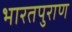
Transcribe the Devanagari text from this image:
भारतपुराण